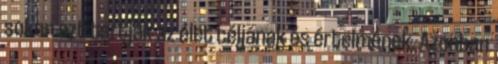
sokan ezt tartják az élet céljának és értelmének. Azonban